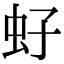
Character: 虸